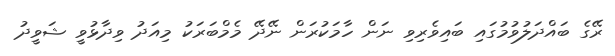
ރޭގެ ބައްދަލުވުމުގައި ބައިވެރިވި ނަން ހާމަކުރަން ނޭދޭ މެމްބަރަކު މިއަދު ވިދާޅުވީ ޝަވީދު